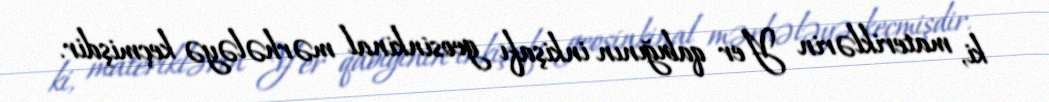
ki, materiklərin Yer qabığının inkişafı geosinkinal mərhələyə keçmişdir.